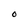
Character: O